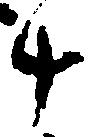
斗